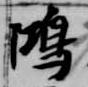
鴻